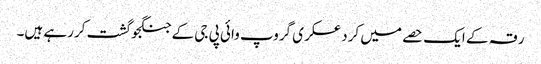
رقہ کے ایک حصے میں کرد عسکری گروپ وائی پی جی کے جنگجو گشت کررہے ہیں۔